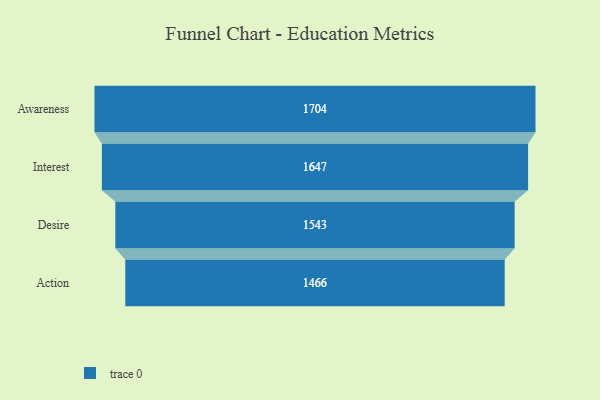
{"axis": {"x": "Stage", "y": "Value"}, "legend": [""], "data": [{"x": "Awareness", "y": 1704.0, "type": ""}, {"x": "Interest", "y": 1647.0, "type": ""}, {"x": "Desire", "y": 1543.0, "type": ""}, {"x": "Action", "y": 1466.0, "type": ""}]}